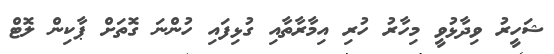
ޝަހީރު ވިދާޅުވީ މިހާރު ހުރި އިމާރާތާއި ގުޅިފައި ހުންނަ ގޮތަށް ޕާކިން ލޮޓް